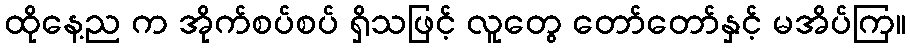
ထိုနေ့ည က အိုက်စပ်စပ် ရှိသဖြင့် လူတွေ တော်တော်နှင့် မအိပ်ကြ။